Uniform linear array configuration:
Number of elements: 32
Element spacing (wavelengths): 0.5
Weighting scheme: uniform
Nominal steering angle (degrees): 0
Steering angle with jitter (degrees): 1.885
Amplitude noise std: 0.05
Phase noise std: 0.05

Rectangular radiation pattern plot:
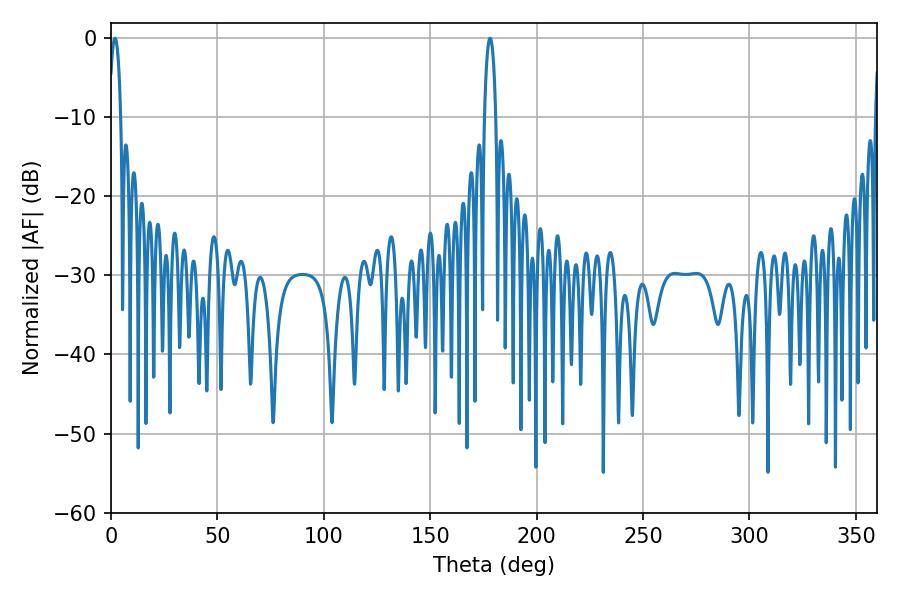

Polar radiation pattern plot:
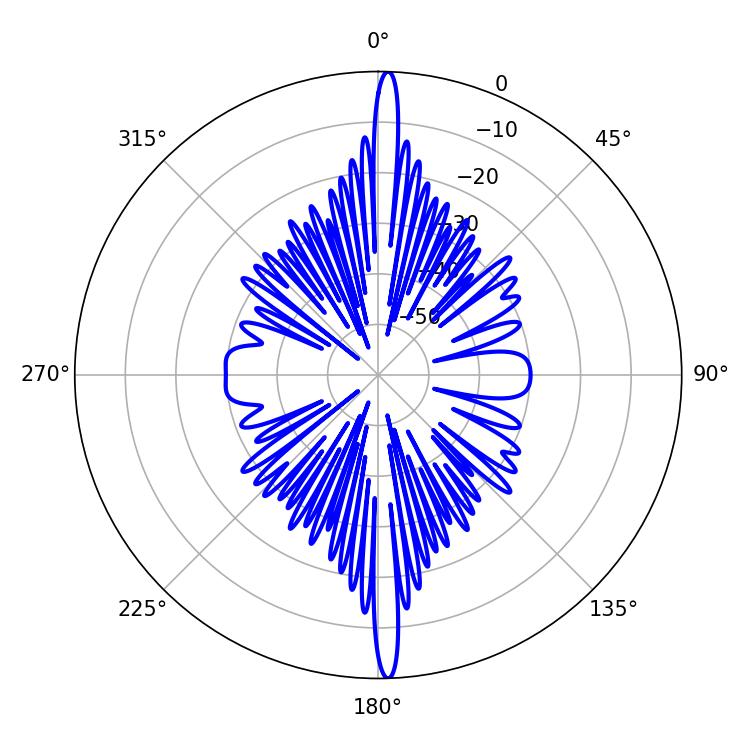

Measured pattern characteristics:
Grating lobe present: FALSE
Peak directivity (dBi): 26.866
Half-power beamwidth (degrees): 3.06
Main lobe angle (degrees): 1.8